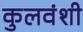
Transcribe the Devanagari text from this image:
कुलवंशी